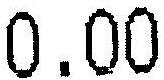
0.00